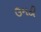
ઉમઠી